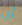
أي